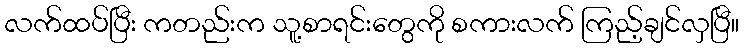
လက်ထပ်ပြီး ကတည်းက သူ့စာရင်းတွေကို စကားလက် ကြည့်ချင်လှပြီ။